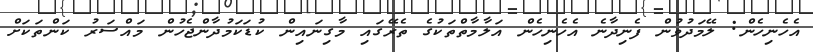
އެހެނިހެން: ލޭމަދުވުން ފެނިދާނެ އެހެނިހެން އަލާމާތްތަކުގެ ތެރޭގައި މާގިނައިން ކުޑަކަމުދާންޖެހުން މައްސަރު ކަންތަކަށް